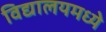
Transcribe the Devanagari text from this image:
विद्यालयमध्ये